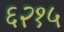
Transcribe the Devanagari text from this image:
६२१५